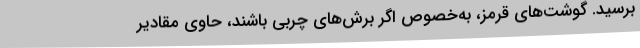
برسید. گوشت‌های قرمز، به‌خصوص اگر برش‌های چربی باشند، حاوی مقادیر